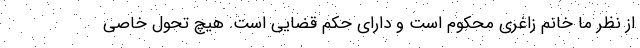
از نظر ما خانم زاغری محکوم است و دارای حکم قضایی است. هیچ تحول خاصی